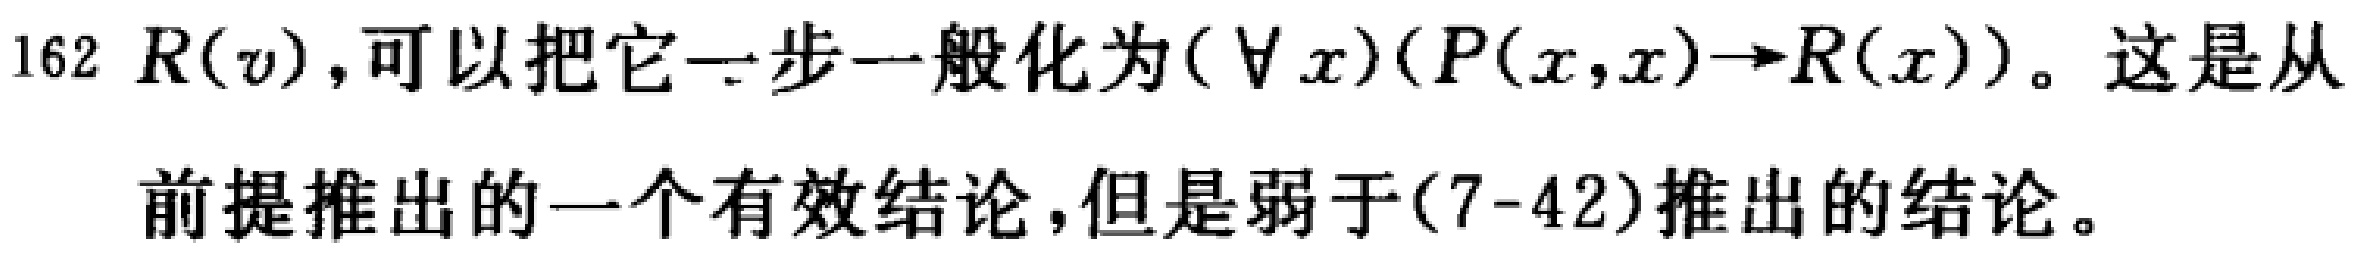
$R(v)$，可以把它一步一般化为$(\forall x)(P(x,x)\to R(x))$。这是从前提推出的一个有效结论，但是弱于(7-42)推出的结论。